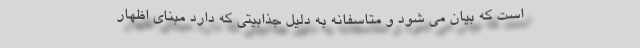
است که بیان می شود و متاسفانه به دلیل جذابیتی که دارد مبنای اظهار